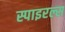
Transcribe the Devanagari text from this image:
स्पाइरल्स